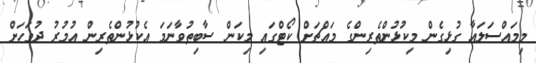
މިމައްސަލައާ ގުޅިގެން މިކުޅުންތެރިންގެ މައްޗަށް ކޯޓްގައި މިކަން ސާބިތުވާނަމަ އެކުޅުންތެރިން އުމުރު ދުވަހަށް